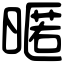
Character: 暱